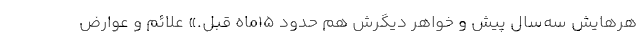
هرهایش سه‌سال پیش و خواهر دیگرش هم حدود 15ماه قبل.» علائم و عوارض